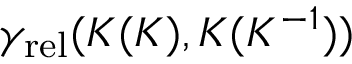
\gamma _ { \mathrm { r e l } } ( K ( K ) , K ( K ^ { - 1 } ) )